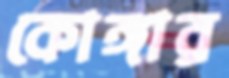
কোঙ্গার